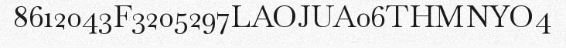
8612043F3205297LAOJUA06THMNYO4